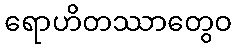
ရောဟိတဿာတွေဝ